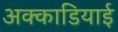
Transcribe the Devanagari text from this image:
अक्काडियाई